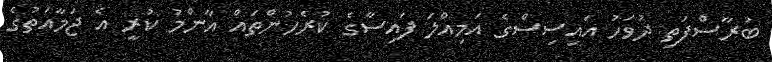
ބުރާސްފަތި ދުވަހު އައިސިސްގެ އަމިއްލަ ފައިސާގެ ކުރެހުންތައް އާންމު ކުރީ އެ ޖަމާއަތުގެ